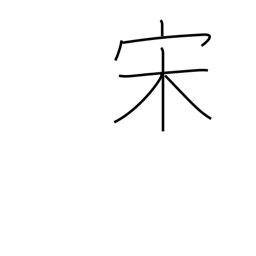
Meaning: Sung dynasty